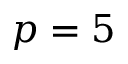
p = 5